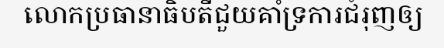
លោកប្រធានាធិបតីជួយគាំទ្រការជំរុញឲ្យ